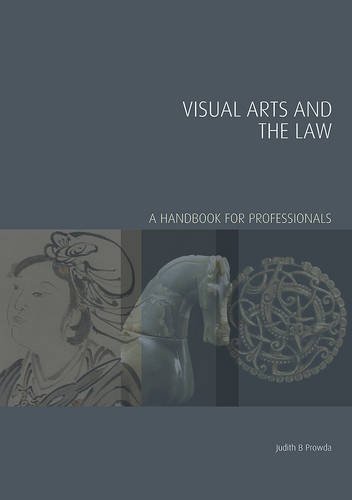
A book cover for Visual Arts and the Law: A Handbook for Professionals (Handbooks in International Art Business); Judith B. Prowda; Law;